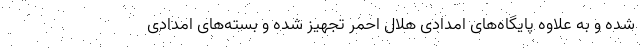
شده و به علاوه پایگاه‌های امدادی هلال احمر تجهیز شده و بسته‌های امدادی